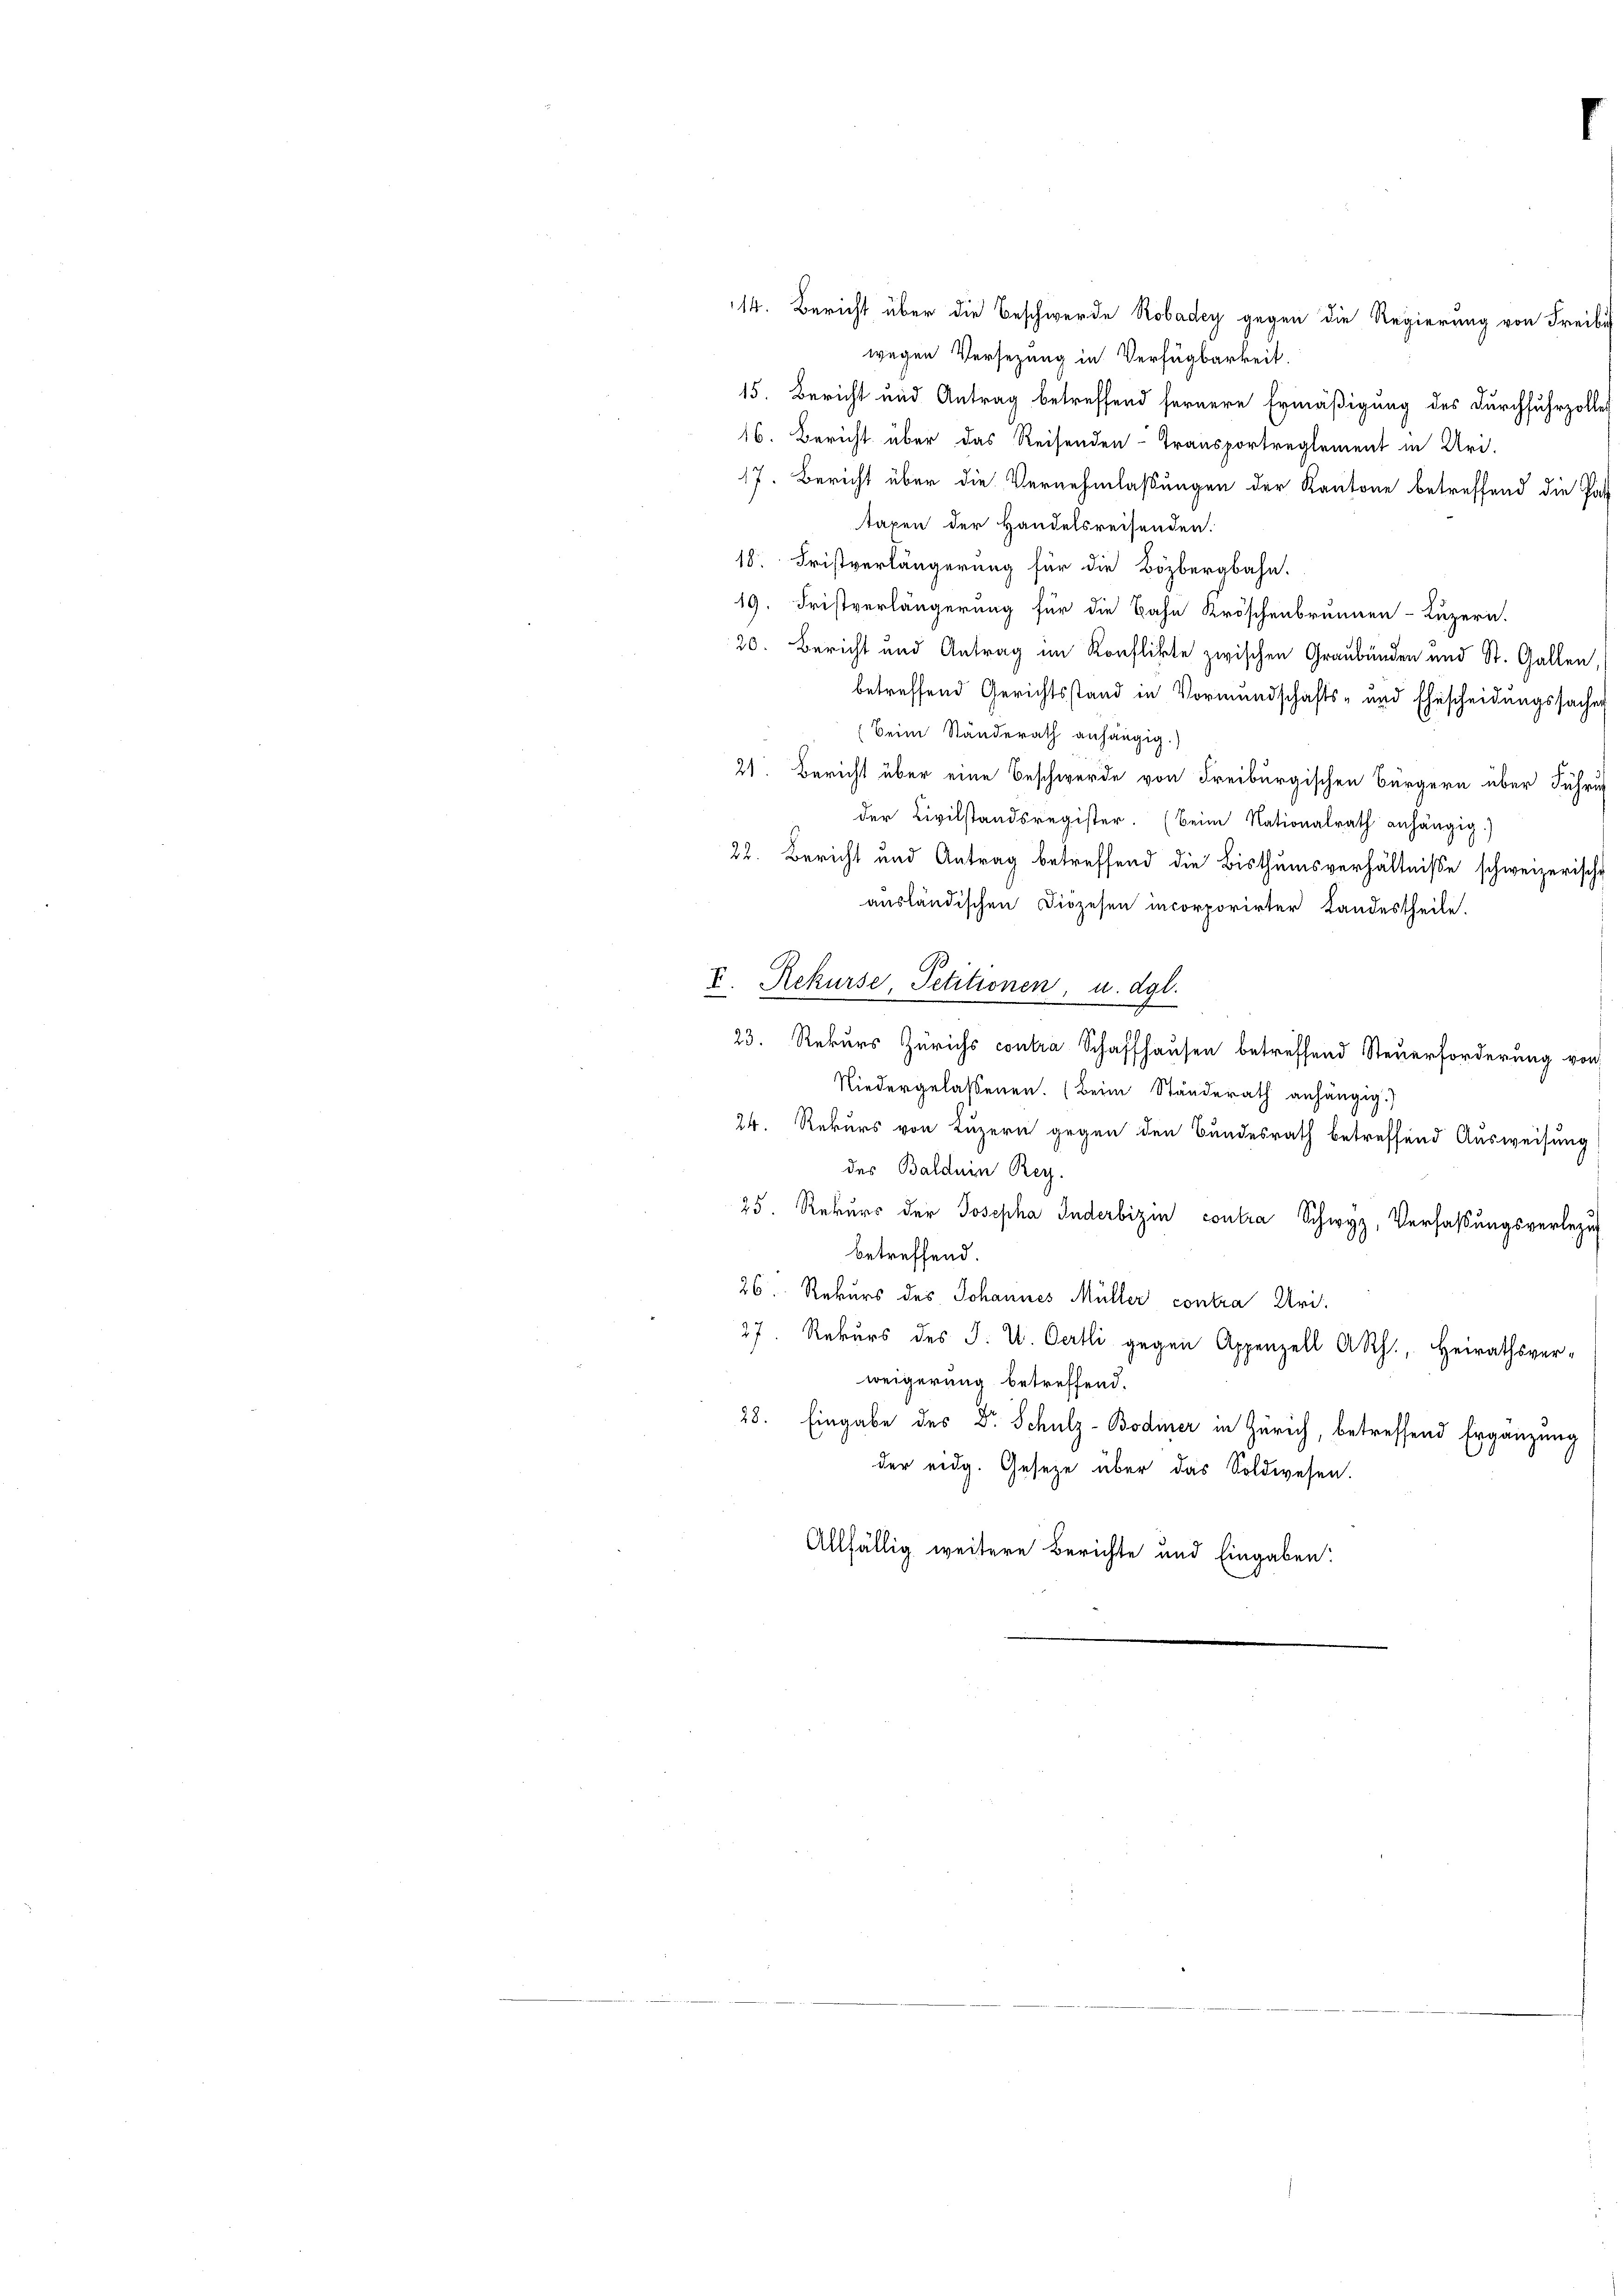
14. Bericht über die Beschwerde Robadey gegen die Regierung von Freibes
wegen Versezung in Verfügbarkeit.
15. Bericht und Antrag betreffend fernere Ermäßigung des Durchfuhrzoller
16. Bericht über das Reisenden-Transportreglement in Uri.
17. Bericht über die Vernehmlassungen der Kantone betreffend die Pat
taxen der Handelsreisenden.
18. Fristverlängerung für die Bözbergbahn.
19. Fristverlängerung für die Bahn Kröschenbrunnen-Luzern.
20. Bericht und Antrag im Konflikte zwischen Graubünden und St. Gallen,
betreffend Gerichtsstand in Vormundschafts- und Ehescheidungssachen
(Beim Standerath anhängig.)
21. Bericht über eine Beschwerde von Freiburgischen Bürgern über Führun
der Civilstandsregister. (Beim Nationalrath anhängig.)
22. Bericht und Antrag betreffend die Bisthumsverhältniße schweizerische
ausländischen Diözesen incorporirter Landestheile.
I. Rekurse, Petitionen, u. dgl.
23. Rekurs Zürichs contra Schaffhausen betreffend Steuerforderung von
Niedergelassenen. (Beim Standerath anhängig.)
24. Rekurs von Luzern gegen den Bundesrath betreffend Ausweisung
des Baldein Reg.
25. Rekurs der Josepha Inderbizin contra Schwyz, Verfaßungsverlezig
betreffend.
26. Rekurs des Johannes Müller contra Uri.
27. Rekurs des J. U. Oertli gegen Appenzell A.Rh., Heirathsver-
weigerung betreffend.
28. Eingabe des Dr. Schulz-Bodmer in Zürich, betreffend Ergänzung
der eidg. Gesetze über das Soldwesen.
Allfällig weitere Berichte und Eingaben: